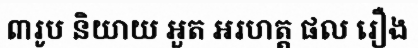
៣រូប និយាយ អួត អរហត្ត ផល រឿង